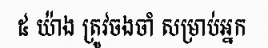
៥ យ៉ាង ត្រូវចងចាំ សម្រាប់អ្នក